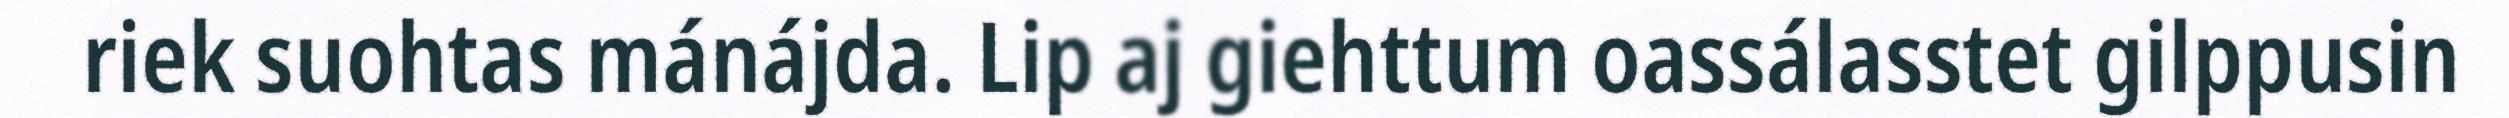
riek suohtas mánájda. Lip aj giehttum oassálasstet gilppusin